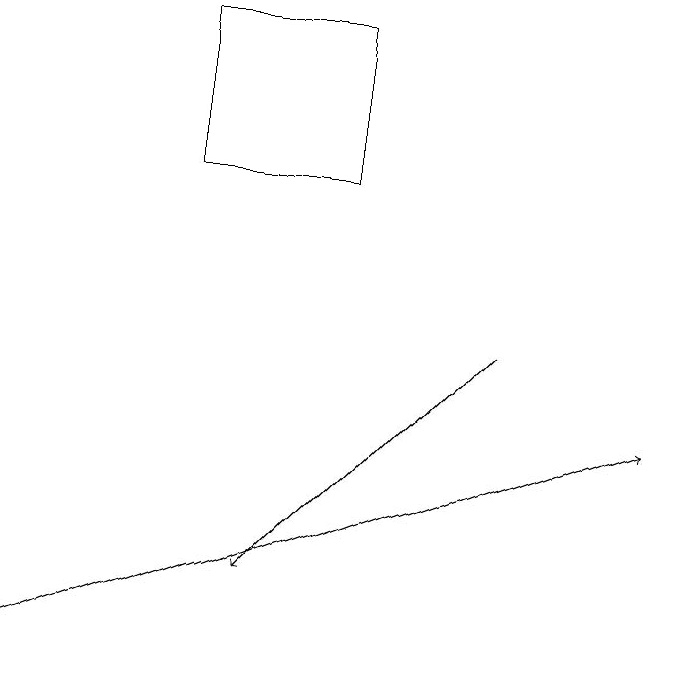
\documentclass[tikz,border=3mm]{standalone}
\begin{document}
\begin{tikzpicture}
\draw[->] (0,10) -- (8,13);
\draw (4,16) rectangle (2,18);
\draw[->] (6,14) -- (3,11);
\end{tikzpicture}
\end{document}